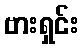
ဗားရှင်း